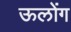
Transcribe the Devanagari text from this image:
ऊलोंग